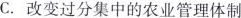
C.改变过分集中的农业管理体制